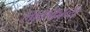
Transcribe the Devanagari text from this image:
लाककाव्य